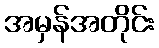
အမှန်အတိုင်း